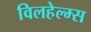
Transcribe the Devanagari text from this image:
विलहेल्म्स